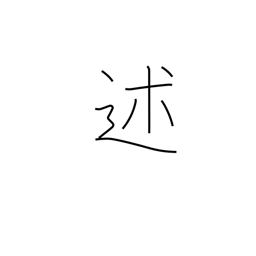
Meaning: mention